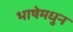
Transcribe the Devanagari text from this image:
भाषेमधुन